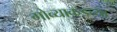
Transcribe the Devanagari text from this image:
गोव्याकडच्या